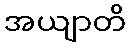
အယျာတိ